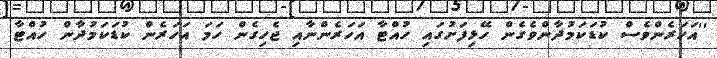
''އަހަރެންވެސް ކުޑަކަމުދާންވެގެން ހޭޅިފަށުގައި ހުއްޓާ އަހަރެންނާއި ޖެހިގެން ހަމަ އަހަރެން ކުޑަކަމުދާން ހުއްޓާ